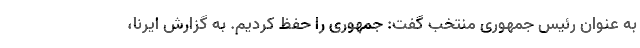
به عنوان رئیس جمهوری منتخب گفت: جمهوری را حفظ کردیم. به گزارش ایرنا،